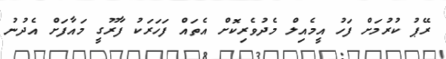
ރޭޕު ކުރުމަށް ފަހު އީމެއިލް މެދުވެރިކޮށް އެތައް ފަހަރަކު ފާރޫގީ މައާފަށް އެދުނު